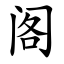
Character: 阁